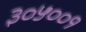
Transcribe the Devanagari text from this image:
३०५००१